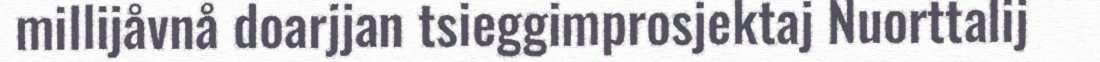
millijåvnå doarjjan tsieggimprosjektaj Nuorttalij